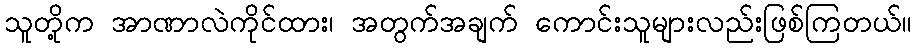
သူတို့က အာဏာလဲကိုင်ထား၊ အတွက်အချက် ကောင်းသူများလည်းဖြစ်ကြတယ်။